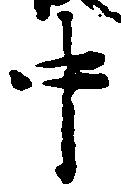
中